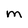
Character: M